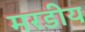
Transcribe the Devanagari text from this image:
मरडीय